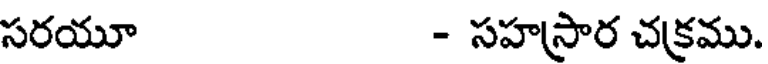
సరయూ - సహస్రార చక్రము.